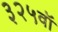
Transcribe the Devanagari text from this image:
३२५वॉ